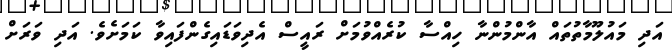
އަދި މައުލޫމާތުތައް އާންމުންނާ ހިއްސާ ކުރެއްވުމަށް ރައީސް އެދިވަޑައިގެންފައިވާ ކަމަށެވެ. އަދި ވަރަށް